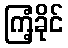
ကြံ့ခိုင်